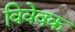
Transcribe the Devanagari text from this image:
विवेवक